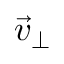
{ \vec { v } } _ { \bot }